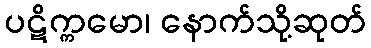
ပဋိက္ကမော၊ နောက်သို့ဆုတ်